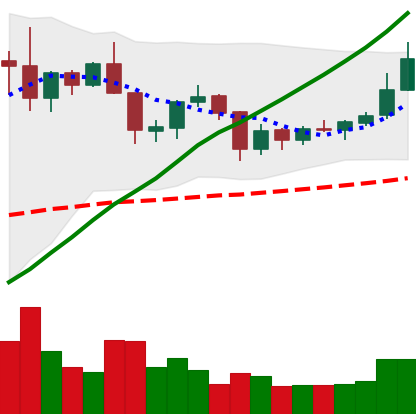
Ticker: XRP-USD
Chart end date: 2019-06-17
Forward return: 5.955%
Label: up_5_7